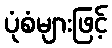
ပုံစံများဖြင့်